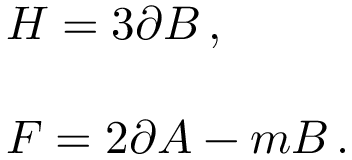
\begin{array} { r c l } { { } } & { { } } & { { H = 3 \partial B \, , } } \\ { { } } & { { } } & { { } } \\ { { } } & { { } } & { { F = 2 \partial A - m B \, . } } \end{array}